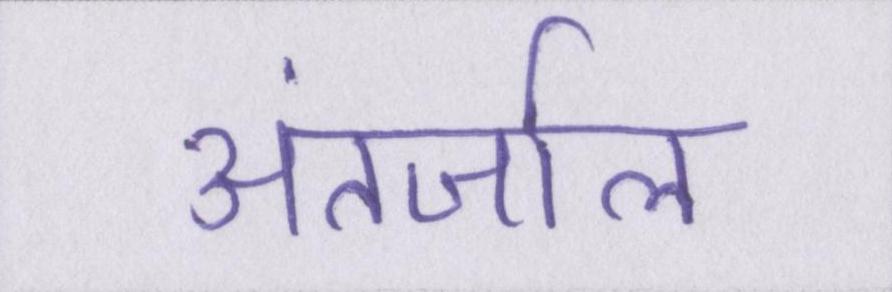
अंतर्जाल